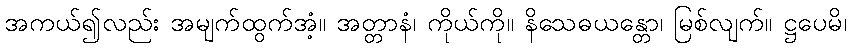
အကယ်၍လည်း အမျက်ထွက်အံ့။ အတ္တာနံ၊ ကိုယ်ကို။ နိသေဓယန္တော၊ မြစ်လျက်။ ဋ္ဌပေမိ၊